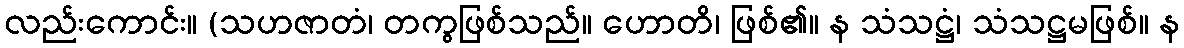
လည်းကောင်း။ (သဟဇာတံ၊ တကွဖြစ်သည်။ ဟောတိ၊ ဖြစ်၏။ န သံသဋ္ဌံ၊ သံသဋ္ဌမဖြစ်။ န